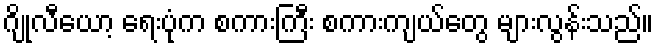
ဂျိုလီယော့ ရေးပုံက စကားကြီး စကားကျယ်တွေ များလွန်းသည်။